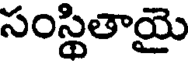
సంస్థితాయై